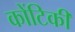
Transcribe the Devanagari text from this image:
कोंटिकी